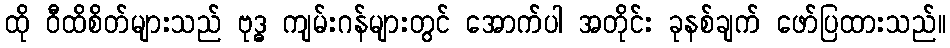
ထို ဝီထိစိတ်များသည် ဗုဒ္ဓ ကျမ်းဂန်များတွင် အောက်ပါ အတိုင်း ခုနစ်ချက် ဖော်ပြထားသည်။